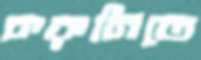
করুনিতে